Newspaper: Daily State sentinel. [volume]
Place of publication: Indianapolis, Ind.
Publisher: Bingham & Doughty
Date: 1865-10-17 00:00:00
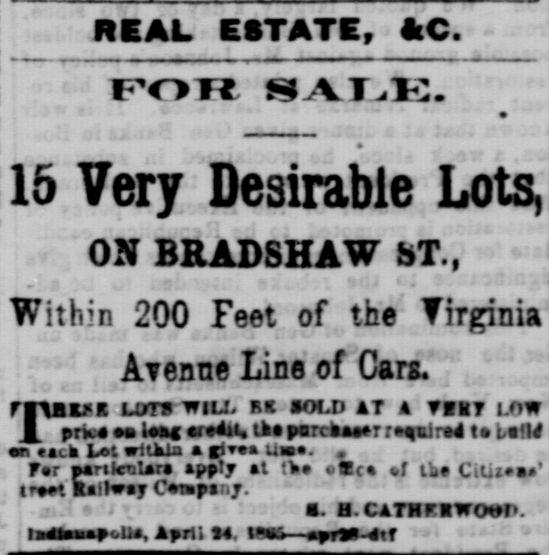
Advertisement text (OCR):
REAL EGTATE, &C. FOR SAIE. 15 Very Desirable Lots, ON BRADSHAW bT.f Within 200 Feet of the Yirginia Aienne Line of Cars. riABEJE LVTS WILL BE SOLD AT A TEST LOW X prka leag credit, tka parckaeer required ta lall en ata aot wrtaua a rT, uteo. For partlcTiUra apply al the olce f tie Citi.ea' treet Railway Company a. H.CATHEEwrn. IaaUaapc.Ua, April 14. i9fifi-4xt
Label: text-only